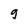
Character: 9